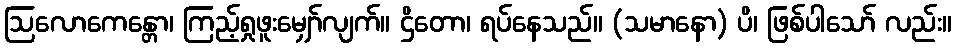
ဩလောကေန္တော၊ ကြည့်ရှုဖူးမျှော်လျက်။ ဌိတော၊ ရပ်နေသည်။ (သမာနော) ပိ၊ ဖြစ်ပါသော် လည်း။